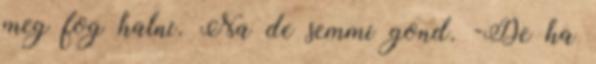
meg fog halni. Na de semmi gond. -De ha